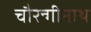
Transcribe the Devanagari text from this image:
चौरन्गीनाथ